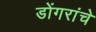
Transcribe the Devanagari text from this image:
डोंगरांचे